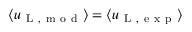
\langle u _ { \mathrm { ~ L ~ , ~ m ~ o ~ d ~ } } \rangle = \langle u _ { \mathrm { ~ L ~ , ~ e ~ x ~ p ~ } } \rangle